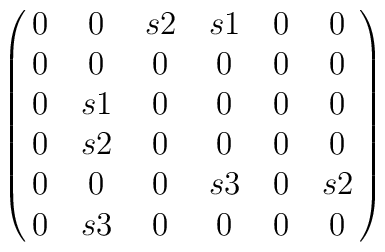
\pmatrix{ 0 & 0 & s2 & s1 & 0 & 0 \cr 0 & 0 & 0 & 0 & 0 & 0 \cr 0 & s1 & 0 & 0 & 0   & 0 \cr 0 & s2 & 0 & 0 & 0 & 0 \cr 0 & 0 & 0 & s3 & 0 & s2 \cr 0 & s3 & 0 & 0   & 0 & 0 \cr  }